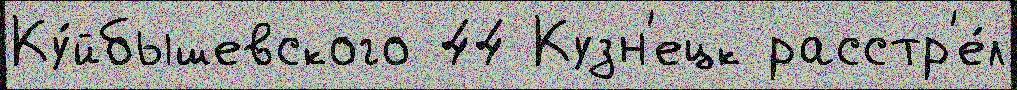
Ку́йбышевского 44 Кузн'ецк расстр'е́л